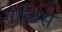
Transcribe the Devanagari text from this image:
गेस्टिस